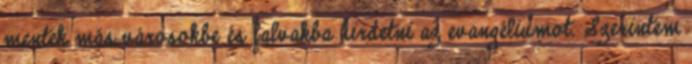
mentek más városokbe és falvakba hirdetni az evangéliumot. Szerintem